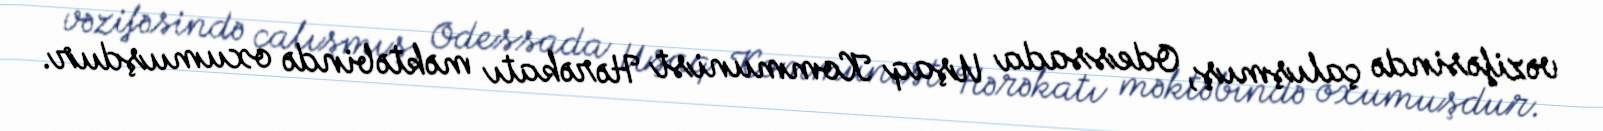
vəzifəsində çalışmış, Odessada Uşaq Kommunist Hərəkatı məktəbində oxumuşdur.